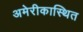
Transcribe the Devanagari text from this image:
अमेरीकास्थित